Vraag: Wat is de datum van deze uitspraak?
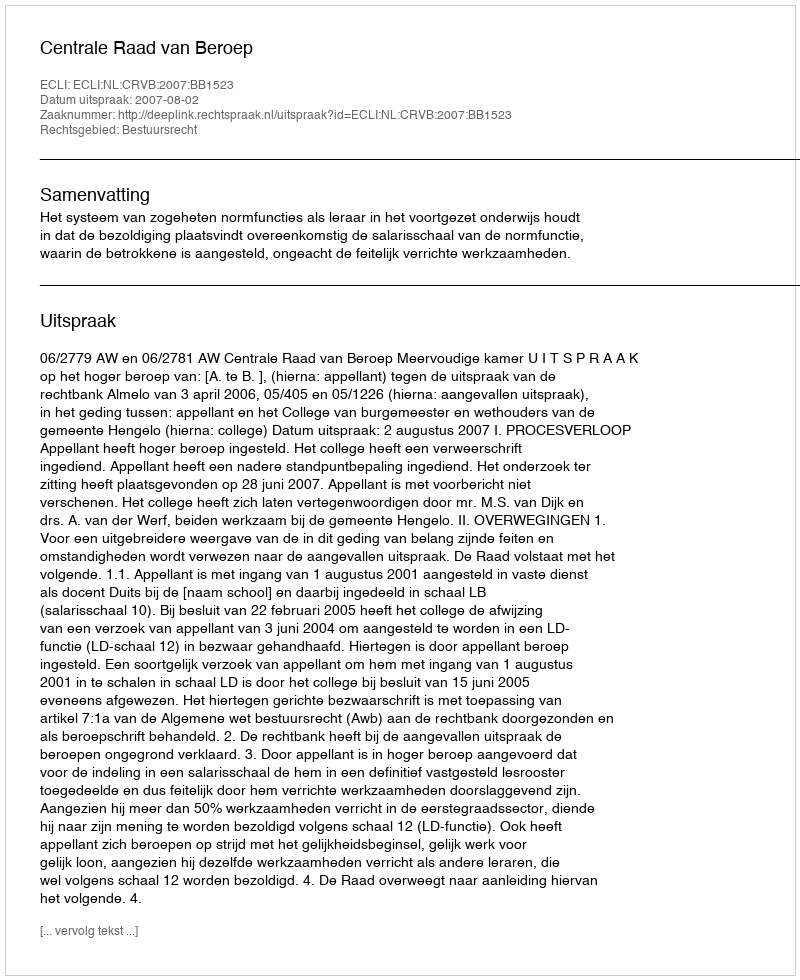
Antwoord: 2007-08-02